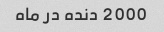
2000 دنده در ماه